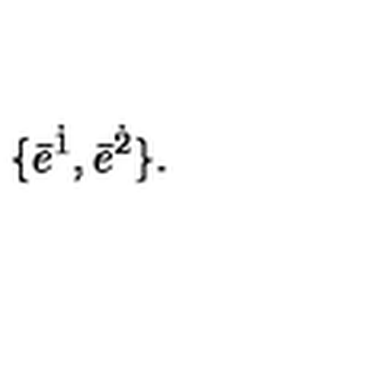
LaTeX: \{ \bar { e } ^ { \dot { 1 } } , \bar { e } ^ { \dot { 2 } } \} .